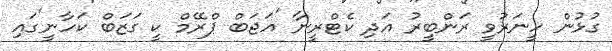
ގުޅުން ހީނަރުވީ ރަންބީރު އަދި ކެޓްރީނާ 'އަޖަބް ޕްރޭމް ކީ ގަޒަބް ކަހާނީ'ގައި